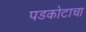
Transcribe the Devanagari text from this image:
पडकोटाचा